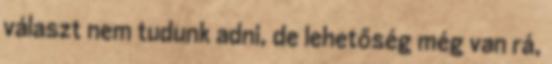
választ nem tudunk adni, de lehetőség még van rá,